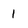
Character: 1